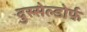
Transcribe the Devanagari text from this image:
दुस्सेल्डोर्फ